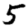
Digit: 5